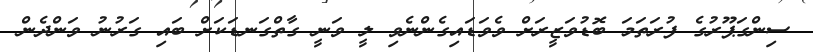
ސިންގަޕޫރުގެ ފުރަތަމަ ބޮޑުވަޒީރަށް ވެވަޑައިގެންނެވި ލީ ވަނީ ގާތްގަނޑަކަށް ބައި ގަރުނު ވަންދެން